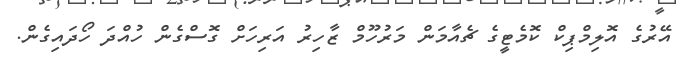
އޭރުގެ އޮލިމްޕިކް ކޮމެޓީގެ ޗެއާމަން މަރުހޫމް ޒާހިރު އަރިހަށް ގޮސްގެން ހުއްދަ ހޯދައިގެން.